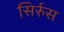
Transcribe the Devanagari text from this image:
सिर्रुस